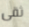
ثقى